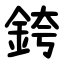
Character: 銙